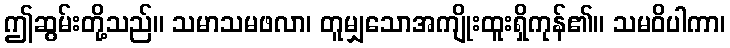
ဤဆွမ်းတို့သည်။ သမာသမဖလာ၊ တူမျှသောအကျိုးထူးရှိကုန်၏။ သမဝိပါကာ၊